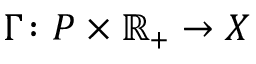
\Gamma \colon P \times \mathbb { R } _ { + } \rightarrow X